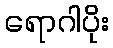
ရောဂါပိုး